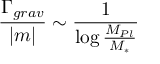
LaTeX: \frac { \Gamma _ { g r a v } } { | m | } \sim \frac { 1 } { \log \frac { M _ { P l } } { M _ { * } } }